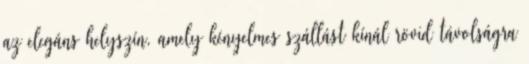
az elegáns helyszín, amely kényelmes szállást kínál rövid távolságra